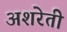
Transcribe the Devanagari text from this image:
अशरेती